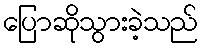
ပြောဆိုသွားခဲ့သည်